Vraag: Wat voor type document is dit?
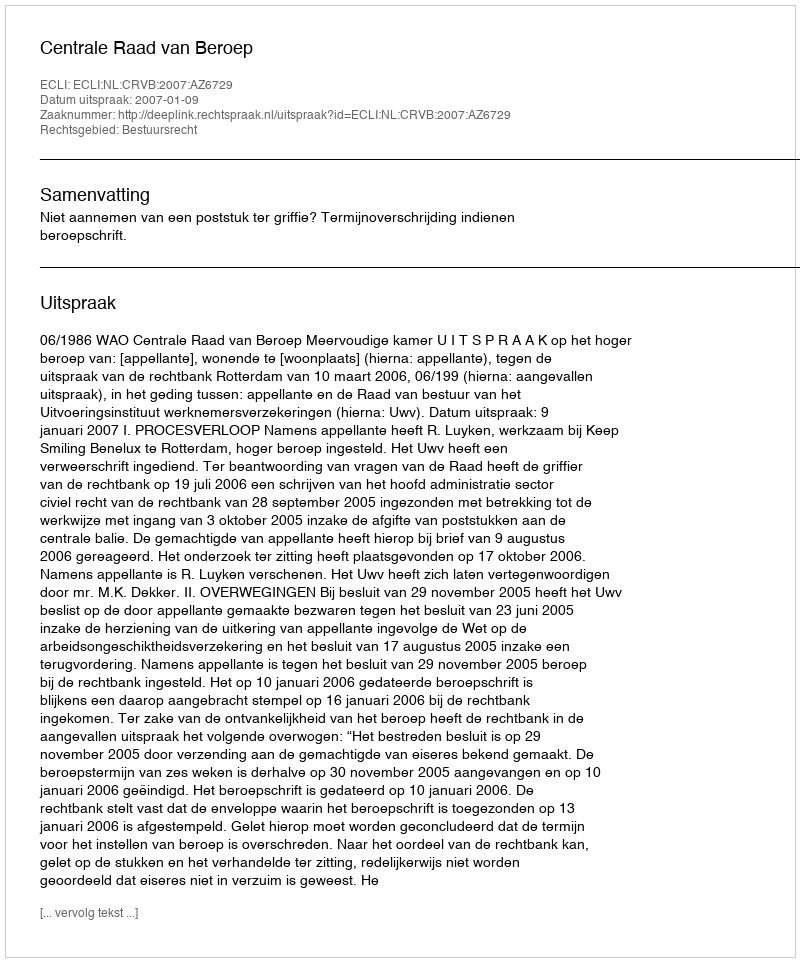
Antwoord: Uitspraak